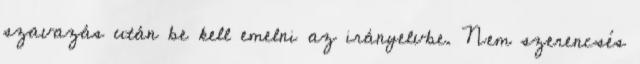
szavazás után be kell emelni az irányelvbe. Nem szerencsés